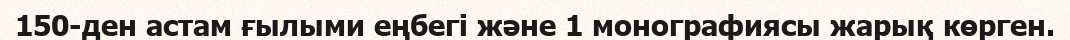
150-ден астам ғылыми еңбегі және 1 монографиясы жарық көрген.